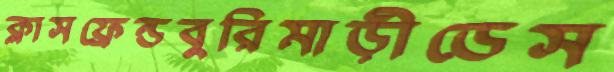
ক্লাসফ্রেন্ডবুরিমাড়ীডেস